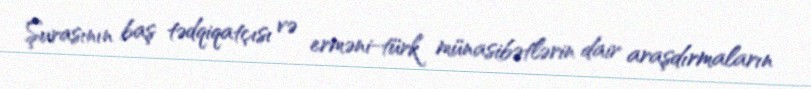
Şurasının baş tədqiqatçısı və erməni-türk münasibətlərin dair araşdırmaların